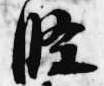
条